Manual of the Civil Veterinary Department, Central Provinces and Berar
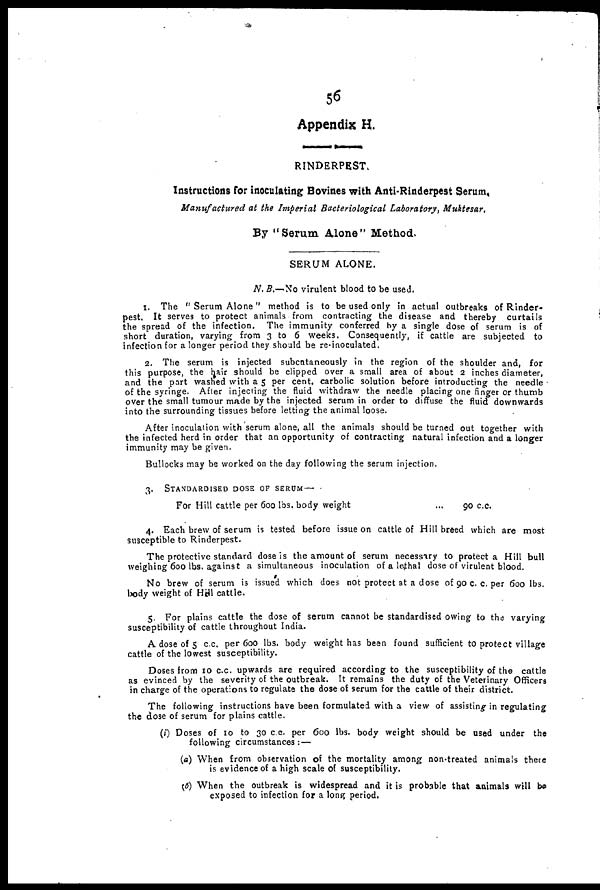
56
Appendix H.
RINDERPEST.
Instructions for Inoculating: Bovines with Anti-Rinderpest Serum,
Manufactured at the Imperial Bacteriological Laboratory, Muktesar,
By "Serum Alone" Method.
SERUM ALONE.
N. B.No virulent blood to be used.
1. The " Serum Alone" method is to be used only in actual outbreaks of Rinder-
pest. It serves to protect animals from contracting the disease and thereby curtails
the spread of the infection. The immunity conferred by a single dose of serum is of
short duration, varying from 3 to 6 weeks. Consequently, if cattle are subjected to
infection for a longer period they should be re-inoculated.
2. The serum is injected subcataneously in the region of the shoulder and, for
this purpose, the hair should be clipped over a small area of about 2 inches diameter,
and the part washed with a 5 per cent. carbolic solution before introducting the needle
of the syringe. After injecting the fluid withdraw the needle placing one finger or thumb
over the small tumour made by the injected serum in order to diffuse the fluid downwards
into the surrounding tissues before letting the animal loose.
After inoculation with serum alone, all the animals should be turned out together with
the infected herd in order that an opportunity of contracting natural infection and a longer
immunity may be given.
Bullocks may be worked on the day following the serum injection.
3. STANDARDISED DOSE OF SERUM—
For Hill cattle per 600 lbs. body weight ...
90 c.c.
4. Each brew of serum is tested before issue on cattle of Hill breed which are most
susceptible to Rinderpest.
The protective standard dose is the amount of serum necessary to protect a Hill bull
weighing 600 lbs. against a simultaneous inoculation of a lethal dose of virulent blood.
No brew of serum is issued which does not protect at a dose of 90 c. c. per 600 lbs.
body weight of Hill cattle.
5. For plains cattle the dose of serum cannot be standardised owing to the varying
susceptibility of cattle throughout India.
A dose of 5 c.c. per 600 lbs. body weight has been found sufficient to protect village
cattle of the lowest susceptibility.
Doses from 10 c.c. upwards are required according to the susceptibility of the cattle
as evinced by the severity of the outbreak. It remains the duty of the Veterinary Officers
in charge of the operations to regulate the dose of serum for the cattle of their district.
The following instructions have been formulated with a view of assisting in regulating
the dose of serum for plains cattle.
(i) Doses of 10 to 30 c.c. per 600 lbs. body weight should be used under the
following circumstances:—
(a) When from observation of the mortality among non-treated animals there
is evidence of a high scale of susceptibility.
(b) When the outbreak is widespread and it is probable that animals will be
exposed to infection for a long period.